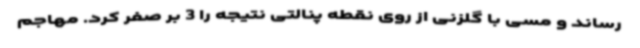
رساند و مسی با گلزنی از روی نقطه پنالتی نتیجه را 3 بر صفر کرد. مهاجم